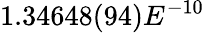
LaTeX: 1.34648(94)E^{-10}